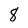
Character: 8